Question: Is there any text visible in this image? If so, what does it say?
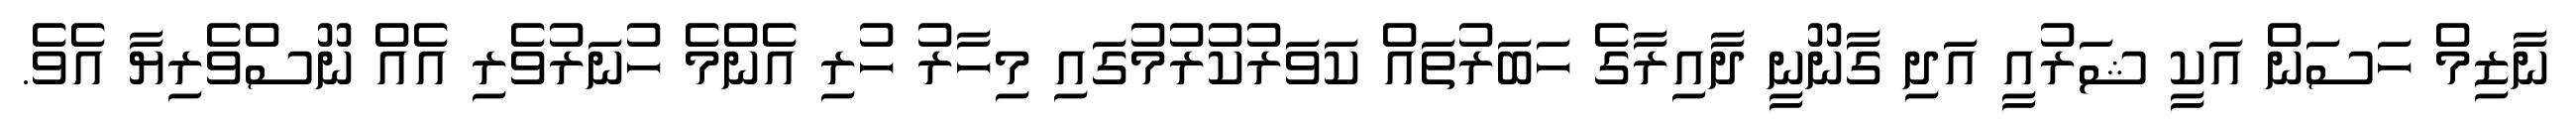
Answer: ނާޒިމް ހަސަން އަކީ ޝަރުއީ އަދި ގާނޫނީ ދާއިރާގެ ހަބަރުތައް ކަވަރުކުރުމުގައި މިހާރު ހުރި އެންމެ ހުނަރުވެރި އެއް ނޫސްވެރިޔާ އެވެ.